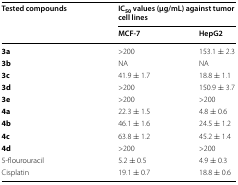
| <ROWSPAN=2> Tested compounds | <COLSPAN=2> IC50 values (μg/mL) against tumor cell lines |
 | MCF-7 | HepG2 |
 | --- | --- | --- |
 | 3a | >200 | 153.1 ± 2.3 |
 | 3b | NA | NA |
 | 3c | 41.9 ± 1.7 | 18.8 ± 1.1 |
 | 3d | >200 | 150.9 ± 3.7 |
 | 3e | >200 | >200 |
 | 4a | 22.3 ± 1.5 | 4.8 ± 0.6 |
 | 4b | 46.1 ± 1.6 | 24.5 ± 1.2 |
 | 4c | 63.8 ± 1.2 | 45.2 ± 1.4 |
 | 4d | >200 | >200 |
 | 5-flourouracil | 5.2 ± 0.5 | 4.9 ± 0.3 |
 | Cisplatin | 19.1 ± 0.7 | 18.8 ± 0.6 |